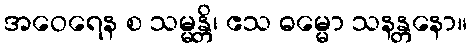
အဝေရေန စ သမ္မန္တိ၊ ဧသ ဓမ္မော သနန္တနော။